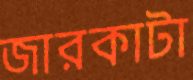
জারকাটা